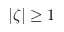
| \zeta | \geq 1